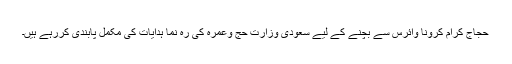
حجاج کرام کرونا وائرس سے بچنے کے لیے سعودی وزارت حج وعمرہ کی رہ نما ہدایات کی مکمل پابندی کررہے ہیں۔